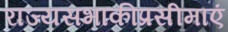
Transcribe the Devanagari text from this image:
राज्यसभाकीप्रसीमाएं